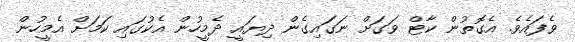
ވެފައެވެ. އެގޮތުން ކާޓް ވަގަށް ނަގައިގެން ދިޔައީ ދެމީހުން އެކުގައި ކަމަށް އެމީހުން